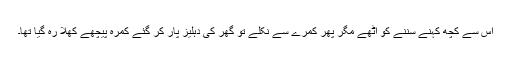
اس سے کچھ کہنے سننے کو اٹھے مگر پھر کمرے سے نکلے تو گھر کی دہلیز پار کر گئے کمرہ پیچھے کھلا رہ گیا تھا۔